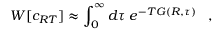
W [ c _ { R T } ] \approx \int _ { 0 } ^ { \infty } d \tau \; e ^ { - T G ( R , \tau ) } \; \; \; ,